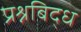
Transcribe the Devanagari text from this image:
प्रश्नबिद्ध